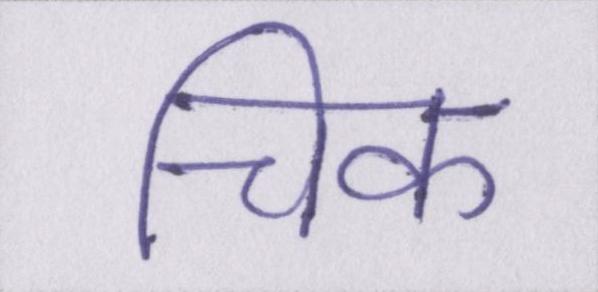
चिक